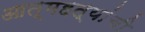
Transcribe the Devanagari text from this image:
आत्महत्यांची